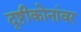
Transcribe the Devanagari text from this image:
दृष्टीकोनांवर